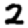
Digit: 2